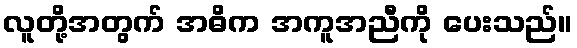
လူတို့အတွက် အဓိက အကူအညီကို ပေးသည်။